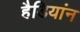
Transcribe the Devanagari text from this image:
हैडियांन